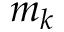
m _ { k }